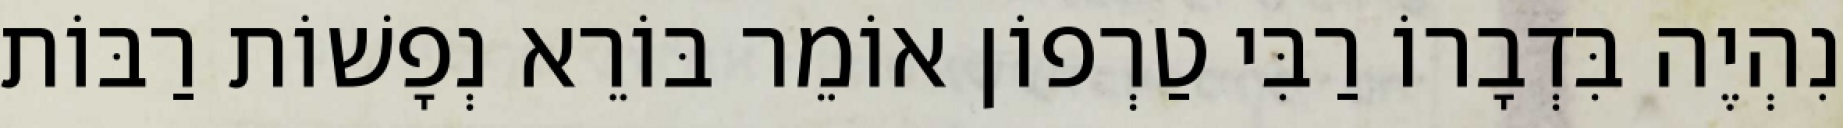
נִהְיֶה בִּדְבָרוֹ רַבִּי טַרְפוֹן אוֹמֵר בּוֹרֵא נְפָשׁוֹת רַבּוֹת